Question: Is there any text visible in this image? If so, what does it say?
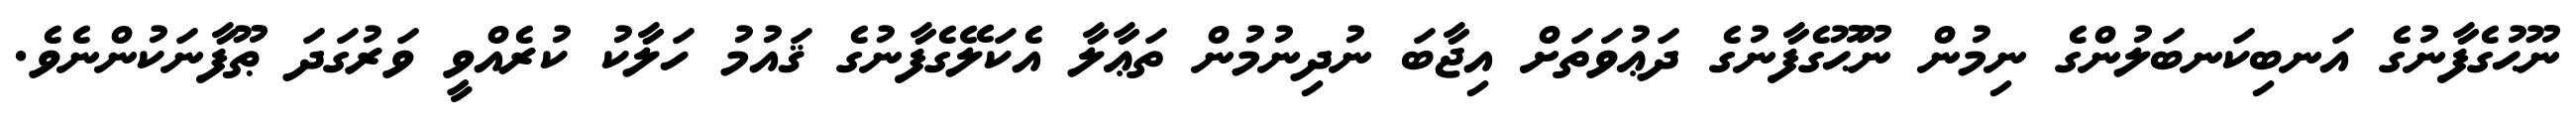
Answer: ނޫޙުގެފާނުގެ އަނބިކަނބަލުންގެ ނިމުން ނޫޙޫގެފާނުގެ ދަޢުވަތަށް އިޖާބަ ނުދިނުމުން ތަޢާލާ އެކަލޭގެފާނުގެ ޤައުމު ހަލާކު ކުރެއްވީ ވަރުގަދަ ޠޫފާނަކުންނެވެ.